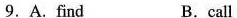
9.A.Find B.call